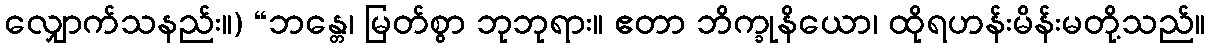
လျှောက်သနည်း။) “ဘန္တေ၊ မြတ်စွာ ဘုဘုရား။ ဧတာ ဘိက္ခုနိယော၊ ထိုရဟန်းမိန်းမတို့သည်။